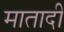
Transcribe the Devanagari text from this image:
मातादी